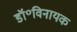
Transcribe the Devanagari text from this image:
डॉ॰विनायक